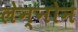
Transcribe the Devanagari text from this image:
लेन्नोन